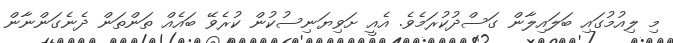
މި ލިއުމުގައި ބަލައިލާން ގަސްދުކުރަމެވެ. އެއީ ށަވިޔަނިސުކުން ކުރެވޭ ބައެއް ތަންތަން ދެނެގަންނާން